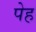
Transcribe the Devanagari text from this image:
पेह